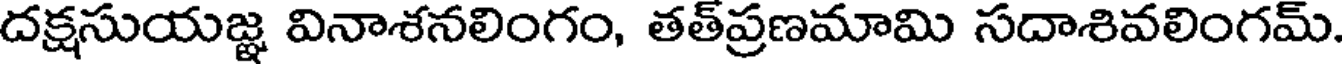
దక్షసుయజ్ఞ వినాశనలింగం, తత్ప్రణమామి సదాశివలింగమ్.